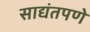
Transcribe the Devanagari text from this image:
साद्यंतपणे